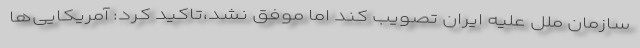
سازمان ملل علیه ایران تصویب کند اما موفق نشد،تاکید کرد: آمریکایی‌ها